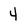
Character: 4